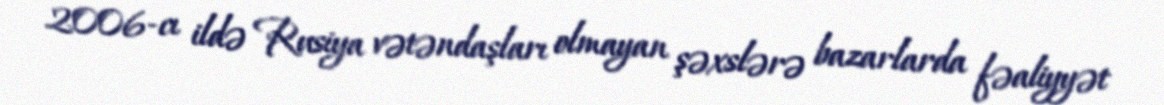
2006-cı ildə Rusiya vətəndaşları olmayan şəxslərə bazarlarda fəaliyyət